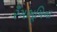
રઁગભૂમિના